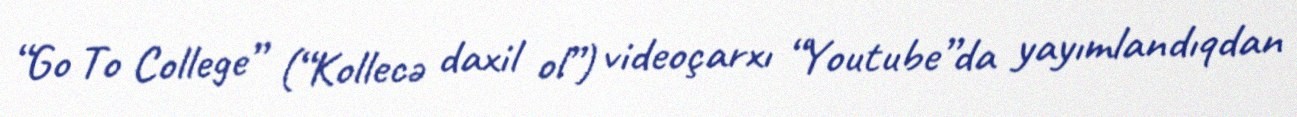
“Go To College” (“Kollecə daxil ol”) videoçarxı “Youtube”da yayımlandıqdan